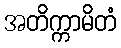
အတိက္ကာမိတံ